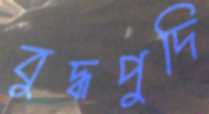
বুদ্ধপুদি